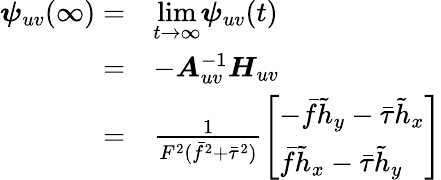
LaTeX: \begin{array}{rl}{\boldsymbol{\psi}_{uv}(\infty)=}&{\underset{t\rightarrow\infty}{\mathrm{lim}}\boldsymbol{\psi}_{uv}(t)}\\ {=}&{-\boldsymbol{A}_{uv}^{-1}\boldsymbol{H}_{uv}}\\ {=}&{\frac{1}{F^{2}(\bar{f}^{2}+\bar{\tau}^{2})}\left[\begin{array}{l}{-\bar{f}\tilde{h}_{y}-\bar{\tau}\tilde{h}_{x}}\\ {\bar{f}\tilde{h}_{x}-\bar{\tau}\tilde{h}_{y}}\end{array}\right]}\end{array}